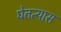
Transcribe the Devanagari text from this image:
घेतत्यास